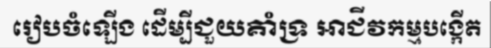
រៀបចំឡើង ដើម្បីជួយគាំទ្រ អាជីវកម្មបង្កើត